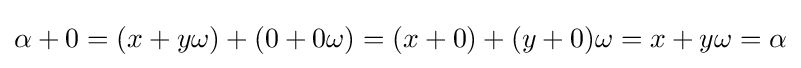
\alpha +0=(x+y\omega )+(0+0\omega )=(x+0)+(y+0)\omega =x+y\omega =\alpha